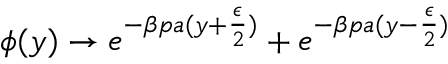
\phi ( y ) \to e ^ { - \beta p a ( y + \frac { \epsilon } { 2 } ) } + e ^ { - \beta p a ( y - \frac { \epsilon } { 2 } ) }